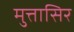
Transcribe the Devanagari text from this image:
मुत्तासिर